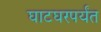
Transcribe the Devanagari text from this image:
घाटघरपर्यंत